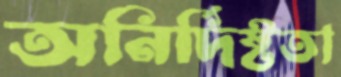
অনির্দিষ্টতা